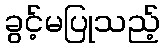
ခွင့်မပြုသည့်